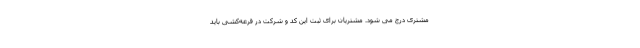
مشتری درج می شود. مشتریان برای ثبت این کد و شرکت در قرعه‌کشی باید